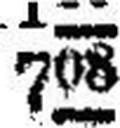
708